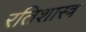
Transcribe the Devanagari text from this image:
रतिशास्त्र